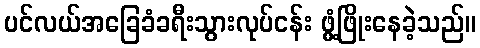
ပင်လယ်အခြေခံခရီးသွားလုပ်ငန်း ဖွံ့ဖြိုးနေခဲ့သည်။